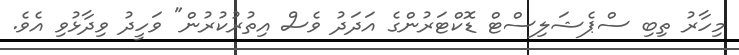
މިހާރު ތިބި ސްޕެޝަލިސްޓް ޑޮކްޓަރުންގެ އަދަދު ވެސް އިތުރުކުރުން" ވަހީދު ވިދާޅުވި އެވެ.